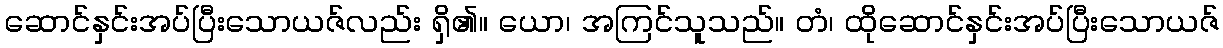
ဆောင်နှင်းအပ်ပြီးသောယဇ်လည်း ရှိ၏။ ယော၊ အကြင်သူသည်။ တံ၊ ထိုဆောင်နှင်းအပ်ပြီးသောယဇ်